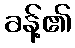
ခန့်၏